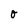
Character: o